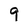
Character: 9